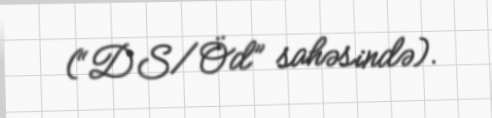
(“DS/Öd” sahəsində).